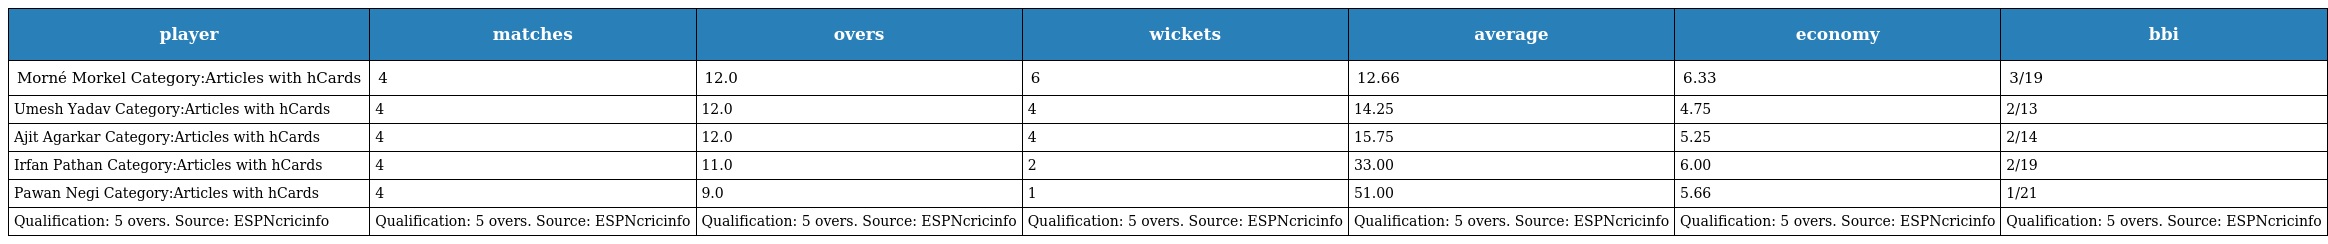
| player | matches | overs | wickets | average | economy | bbi |
 | --- | --- | --- | --- | --- | --- | --- |
 | Morné Morkel Category:Articles with hCards | 4 | 12.0 | 6 | 12.66 | 6.33 | 3/19 |
 | Umesh Yadav Category:Articles with hCards | 4 | 12.0 | 4 | 14.25 | 4.75 | 2/13 |
 | Ajit Agarkar Category:Articles with hCards | 4 | 12.0 | 4 | 15.75 | 5.25 | 2/14 |
 | Irfan Pathan Category:Articles with hCards | 4 | 11.0 | 2 | 33.00 | 6.00 | 2/19 |
 | Pawan Negi Category:Articles with hCards | 4 | 9.0 | 1 | 51.00 | 5.66 | 1/21 |
 | Qualification: 5 overs. Source: ESPNcricinfo | Qualification: 5 overs. Source: ESPNcricinfo | Qualification: 5 overs. Source: ESPNcricinfo | Qualification: 5 overs. Source: ESPNcricinfo | Qualification: 5 overs. Source: ESPNcricinfo | Qualification: 5 overs. Source: ESPNcricinfo | Qualification: 5 overs. Source: ESPNcricinfo |